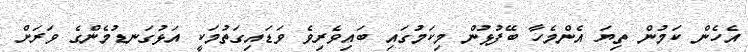
އެހެން ކަމުން ތިޔަ އެންމެހާ ބޭފުޅުން މިކަމުގައި ބައިވެރިވެ ވަޑައިގަތުމަކީ އަޅުގަނޑުމެންގެ ވަރަށް